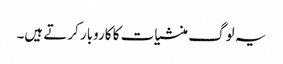
یہ لوگ منشیات کا کاروبار کرتے ہیں۔